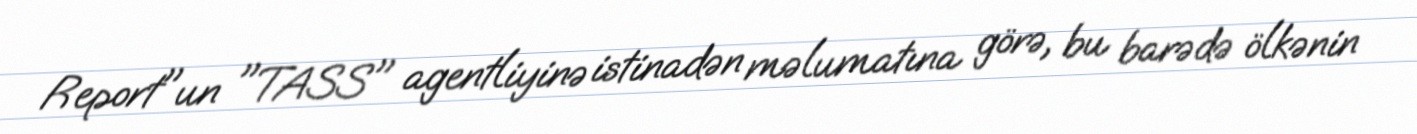
Report"un "TASS" agentliyinə istinadən məlumatına görə, bu barədə ölkənin